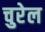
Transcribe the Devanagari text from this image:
चुरेल